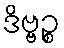
ဒိဗ္ဗဉ္စ